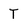
Character: T